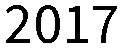
2017